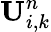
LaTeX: \textbf{U}_{i,k}^{n}